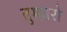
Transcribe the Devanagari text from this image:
तुम्‍हारो